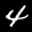
Digit: 4